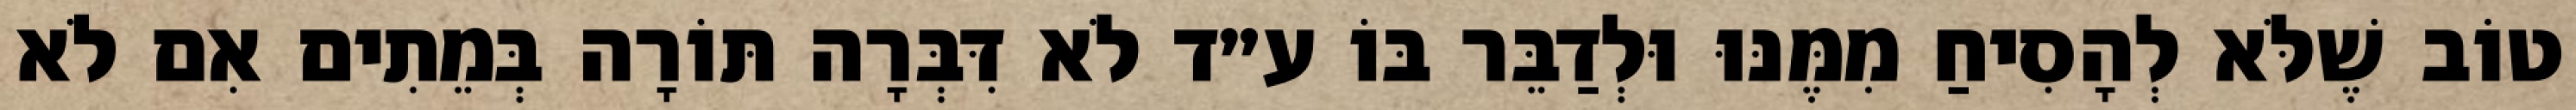
טוֹב שֶׁלֹּא לְהָסִיחַ מִמֶּנּוּ וּלְדַבֵּר בּוֹ ע״ד לֹא דִּבְּרָה תּוֹרָה בְּמֵתִים אִם לֹא